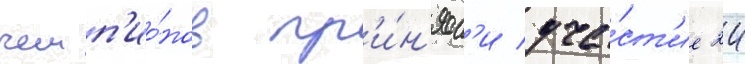
чемп'ио́нов пр'и́н'ял'и уча́ст'ие 24